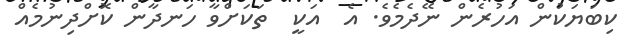
ކިބަޔަކުން އަހުރެން ނޭދެމެވެ. އެ  އަކީ  ތަކަށްވާ ހަނދާން ކޮށްދިނުމެއް